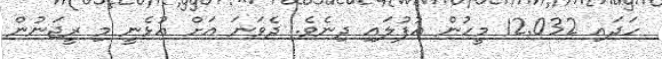
ހަދައި 12